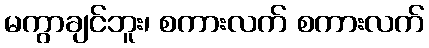
မကွာချင်ဘူး၊ စကားလက် စကားလက်